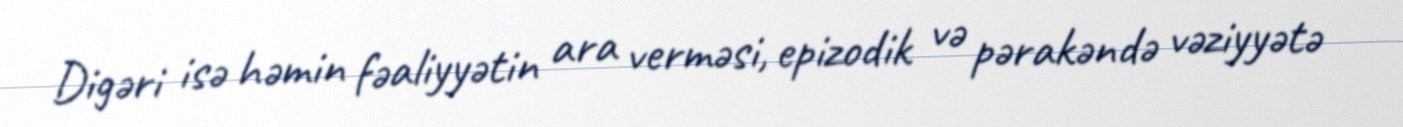
Digəri isə həmin fəaliyyətin ara verməsi, epizodik və pərakəndə vəziyyətə